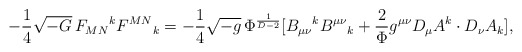
\begin{align*}-\frac{1}{4}\sqrt{-G}\,F_{MN}{}^k F^{MN}{}_k=-\frac{1}{4}\sqrt{-g}\,\Phi^{\frac{1}{D-2}}[B_{\mu\nu}{}^k B^{\mu\nu}{}_k+\frac{2}{\Phi}g^{\mu\nu}D_\mu A^k \cdot D_\nu A_k],\end{align*}